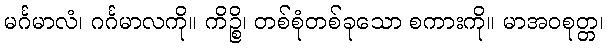
မင်္ဂမာလံ၊ ဂင်္ဂမာလကို။ ကိဉ္စိ၊ တစ်စုံတစ်ခုသော စကားကို။ မာအဝစုတ္တ၊